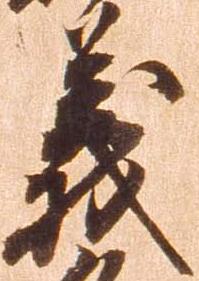
義